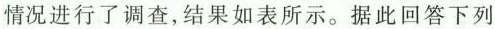
情况进行了调查，结果如表所示。据此回答下列